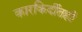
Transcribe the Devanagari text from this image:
कारकिर्दीतही